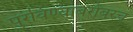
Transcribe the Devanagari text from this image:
पुरविण्याबरोबरच